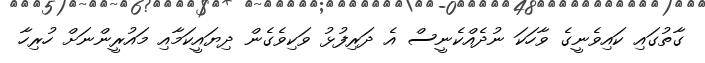
ގާތުގައި ކައިވެނީގެ ވާހަކަ ނުދެއްކެނީސް އެ ދަރިފުޅު ވަކިވެގެން ދިޔައީކަމާއި މައުރީންނަށް ހުރިހާ